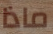
ماذا